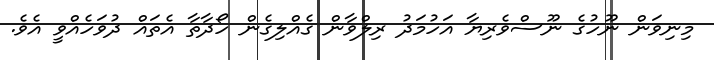
މިނިވަން ނޫހުގެ ނޫސްވެރިޔާ އަހުމަދު ރިލްވާން ގެއްލިގެން ހޯދާތާ އެތައް ދުވަހެއްވީ އެވެ.